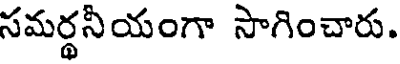
సమర్థనీయంగా సాగించారు.